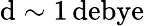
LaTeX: \mathrm{d}\sim1\, \mathrm{{\mathrm{d}ebye}}